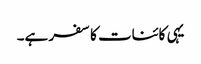
یہی کائنات کا سفر ہے۔